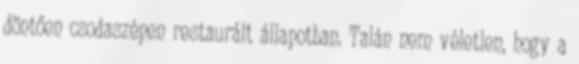
döntően csodaszépen restaurált állapotban. Talán nem véletlen, hogy a